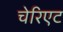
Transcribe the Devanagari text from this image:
चेरिएट